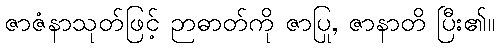
ဇာဇံနာသုတ်ဖြင့် ဉာဓာတ်ကို ဇာပြု, ဇာနာတိ ပြီး၏။